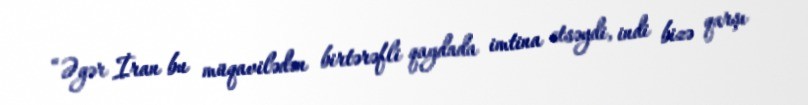
“Əgər İran bu müqavilədən birtərəfli qaydada imtina etsəydi, indi bizə qarşı